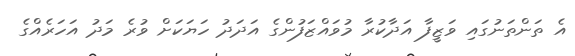
އެ ތަންތަނުގައި ވަޒީފާ އަދާކުރާ މުވައްޒަފުންގެ އަދަދު ހަޔަކަށް ވުރެ މަދު އަހަރެއްގެ